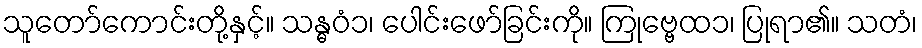
သူတော်ကောင်းတို့နှင့်။ သန္ဓဝံ၁၊ ပေါင်းဖော်ခြင်းကို။ ကြုဗ္ဗေထ၁၊ ပြုရာ၏။ သတံ၊